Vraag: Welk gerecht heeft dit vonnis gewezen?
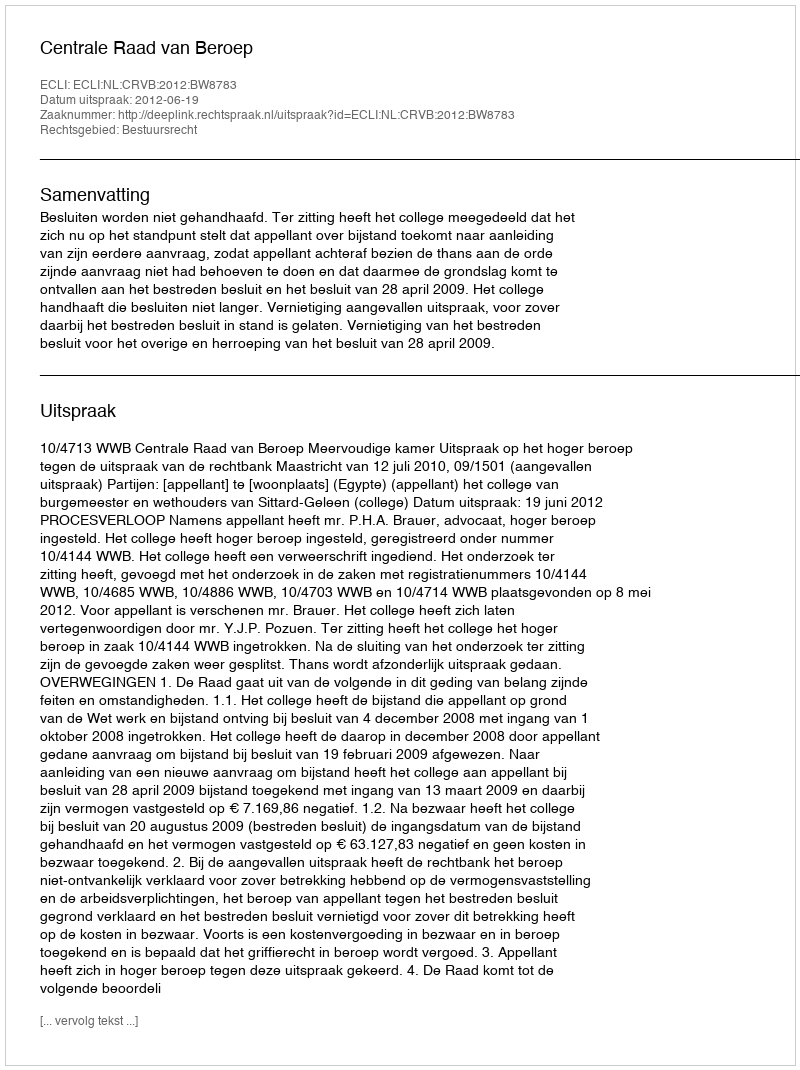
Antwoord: Centrale Raad van Beroep